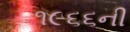
૧૯૬૬ની